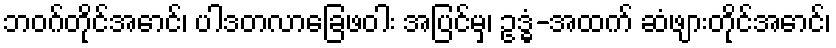
ဘဝဂ်တိုင်အောင်၊ ပါဒတလာခြေဖဝါး အပြင်မှ၊ ဥဒ္ဓံ-အထက် ဆံဖျားတိုင်အောင်၊